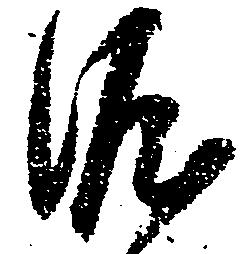
涯